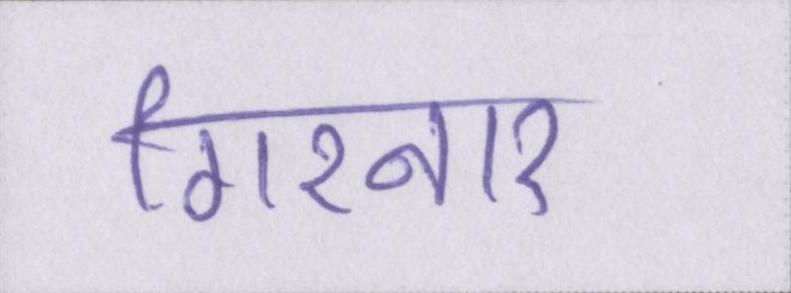
गिरनार